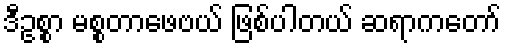
ဒီဥစ္စာ မစ္စတာဖေဗယ် ဖြစ်ပါတယ် ဆရာကတော်